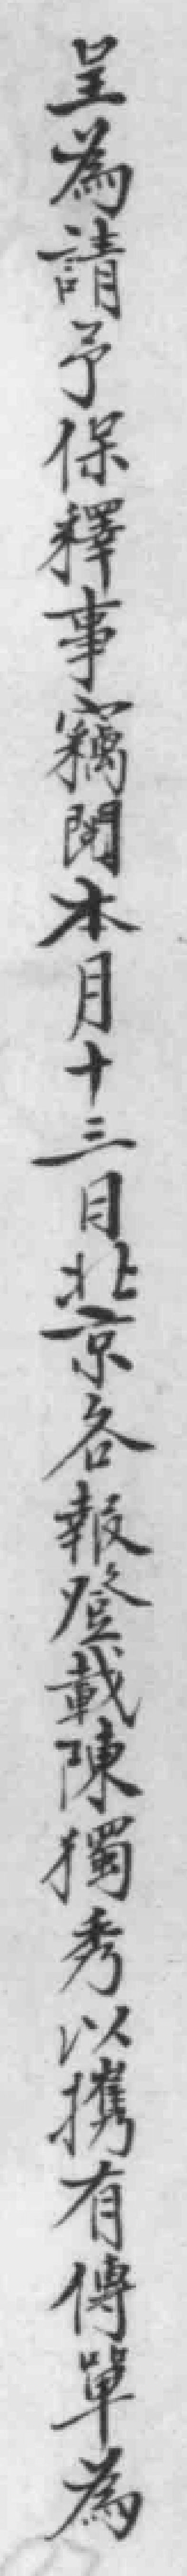
呈為請予保釋事竊間本月十三目北京各報登載陳獨秀以携有傳單為